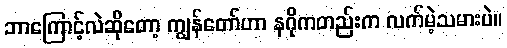
ဘာကြောင့်လဲဆိုတော့ ကျွန်တော်ဟာ နဂိုကတည်းက လက်မဲ့သမားပဲ။